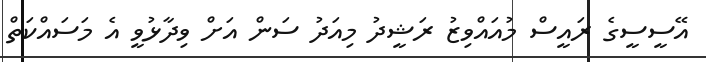
އޭސީސީގެ ރައީސް މުއައްވިޒު ރަޝީދު މިއަދު ސަން އަށް ވިދާޅުވީ އެ މަސައްކަތް